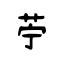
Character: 苧